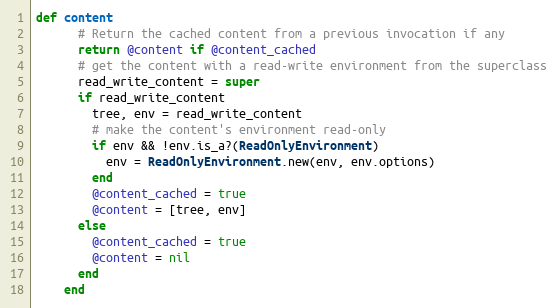
Language: Ruby
def content
      # Return the cached content from a previous invocation if any
      return @content if @content_cached
      # get the content with a read-write environment from the superclass
      read_write_content = super
      if read_write_content
        tree, env = read_write_content
        # make the content's environment read-only
        if env && !env.is_a?(ReadOnlyEnvironment)
          env = ReadOnlyEnvironment.new(env, env.options)
        end
        @content_cached = true
        @content = [tree, env]
      else
        @content_cached = true
        @content = nil
      end
    end